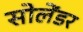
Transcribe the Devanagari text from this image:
सोलेंडर